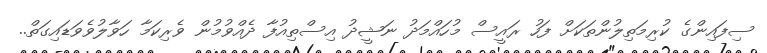
ސިފައިންގެ ކުރިމަތިލުންތަކަށް ފަހު ރައީސް މުހައްމަދު ނަޝީދު އިސްތިއުފާ ދެއްވުމުން ވެރިކަމާ ހަވާލުވެވަޑައިގަތް..